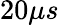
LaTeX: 20\mu s